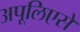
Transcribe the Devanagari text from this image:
अपूलिएसे